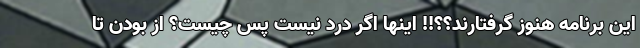
این برنامه هنوز گرفتارند؟؟!! اینها اگر درد نیست پس چیست؟ از بودن تا